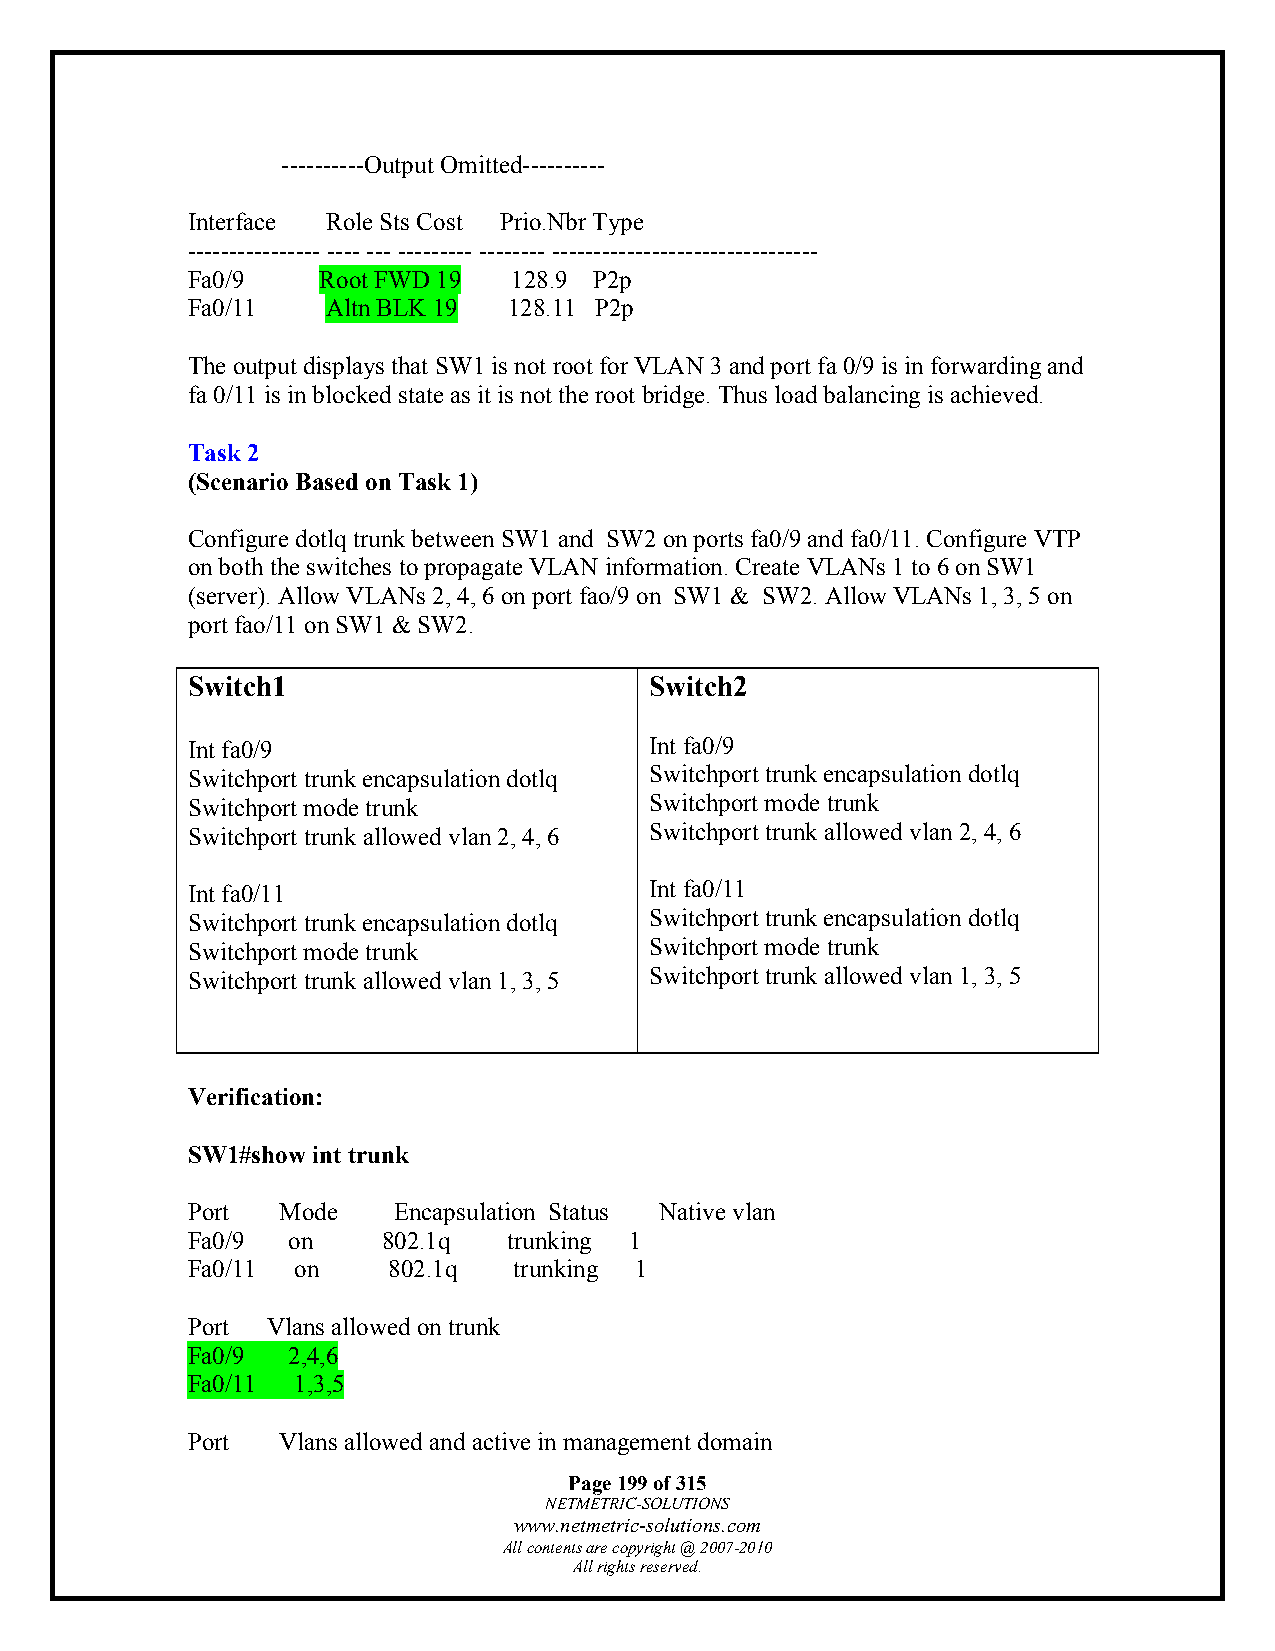
----------Output Omitted----------
 Interface Role Sts Cost Prio.Nbr Type
 ---------------- ---- --- --------- -------- --------------------------------
 Fa0/9    Root FWD 19  128.9 P2p
 Fa0/11    Altn BLK 19 128.11 P2p
 The output displays that SW1 is not root for VLAN 3 and port fa 0/9 is in forwarding and
 fa 0/11 is in blocked state as it is not the root bridge. Thus load balancing is achieved.
 Task 2
 (Scenario Based on Task 1)
 Configure dotlq trunk between SW1 and SW2 on ports fa0/9 and fa0/11. Configure VTP
 on both the switches to propagate VLAN information. Create VLANs 1 to 6 on SW1
 (server). Allow VLANs 2, 4, 6 on port fao/9 on SW1 & SW2. Allow VLANs 1, 3, 5 on
 port fao/11 on SW1 & SW2.
 Switch1                        Switch2
 Int fa0/9                      Int fa0/9
 Switchport trunk encapsulation dotlq Switchport trunk encapsulation dotlq
 Switchport mode trunk          Switchport mode trunk
 Switchport trunk allowed vlan 2, 4, 6 Switchport trunk allowed vlan 2, 4, 6
 Int fa0/11                     Int fa0/11
 Switchport trunk encapsulation dotlq Switchport trunk encapsulation dotlq
 Switchport mode trunk          Switchport mode trunk
 Switchport trunk allowed vlan 1, 3, 5 Switchport trunk allowed vlan 1, 3, 5
 Verification:
 SW1#show int trunk
 Port  Mode    Encapsulation Status Native vlan
 Fa0/9  on    802.1q   trunking 1
 Fa0/11 on     802.1q  trunking 1
 Port  Vlans allowed on trunk
 Fa0/9  2,4,6
 Fa0/11 1,3,5
 Port  Vlans allowed and active in management domain
 Page 199 of 315
 NETMETRIC-SOLUTIONS
 www.netmetric-solutions.com
 All contents are copyright @ 2007-2010
 All rights reserved.